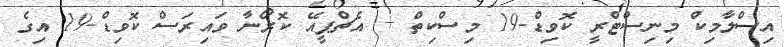
އިސްލާމިކް މިނިސްޓްރީ ކޮވިޑް-19 މިސްކިތް + އެޗްޕީއޭ ކޮރޯނާ ވައިރަސް ކޮވިޑް-19 އިގެ